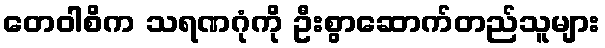
တေဝါစိက သရဏဂုံကို ဦးစွာဆောက်တည်သူများ